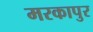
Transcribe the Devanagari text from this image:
मरकापुर